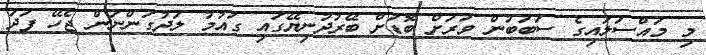
މި މައްސަލައިގެ ސަބަބުން ވަރަށް ބޮޑަށް ބޭރުދުނިޔޭގައި ގައުމު ލަދުގަންނަން ޖެހޭ ފަދަ